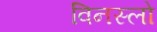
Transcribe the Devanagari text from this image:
विनस्‍लो